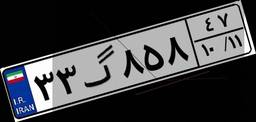
۳۳گ۸۵۸۴۷